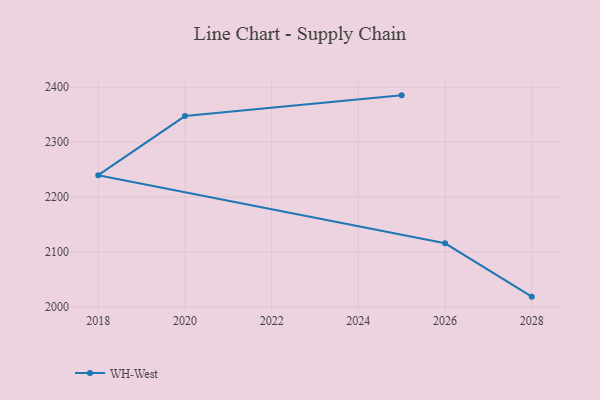
{"axis": {"x": "Year", "y": "Headcount"}, "legend": ["WH-West"], "data": [{"x": "2028", "y": 2018.3, "type": "WH-West"}, {"x": "2026", "y": 2115.6, "type": "WH-West"}, {"x": "2018", "y": 2239.8, "type": "WH-West"}, {"x": "2020", "y": 2347.5, "type": "WH-West"}, {"x": "2025", "y": 2385.3, "type": "WH-West"}]}